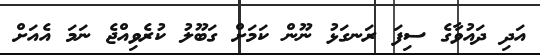
އަދި ދައުވާގެ ސިފަ ރަނގަޅު ނޫން ކަމަށް ގަބޫލު ކުރެވިއްޖެ ނަމަ އެއަށް